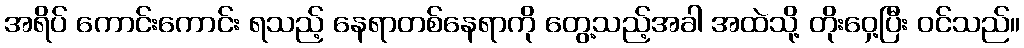
အရိပ် ကောင်းကောင်း ရသည့် နေရာတစ်နေရာကို တွေ့သည့်အခါ အထဲသို့ တိုးဝှေ့ပြီး ဝင်သည်။